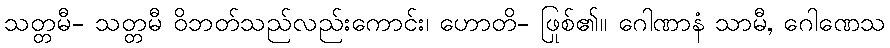
သတ္တမီ- သတ္တမီ ဝိဘတ်သည်လည်းကောင်း၊ ဟောတိ- ဖြစ်၏။ ဂေါဏာနံ သာမီ, ဂေါဏေသု